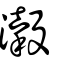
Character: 濲